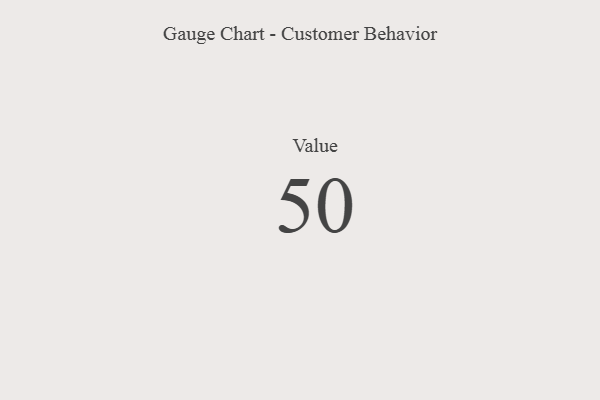
{"axis": {"x": "Metric", "y": "Value"}, "legend": [""], "data": [{"x": "Value", "y": 50, "type": ""}]}